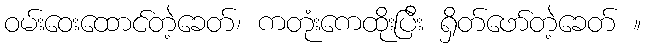
ဝမ်းဝေးထောင်တဲ့ခေတ်၊ ကတုံးကေထိုးပြီး ရှိတ်ဖော်တဲ့ခေတ် ။